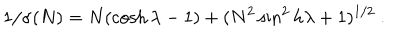
1 / \sigma ( N ) = N ( \cosh \lambda - 1 ) + ( N ^ { 2 } \sin ^ { 2 } h \lambda + 1 ) ^ { 1 / 2 } \ .